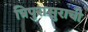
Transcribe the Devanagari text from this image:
त्रिपुरासुराची